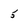
Character: 5